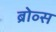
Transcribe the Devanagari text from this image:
ब्रोव्स